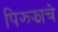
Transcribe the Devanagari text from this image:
पिझ्झाचे